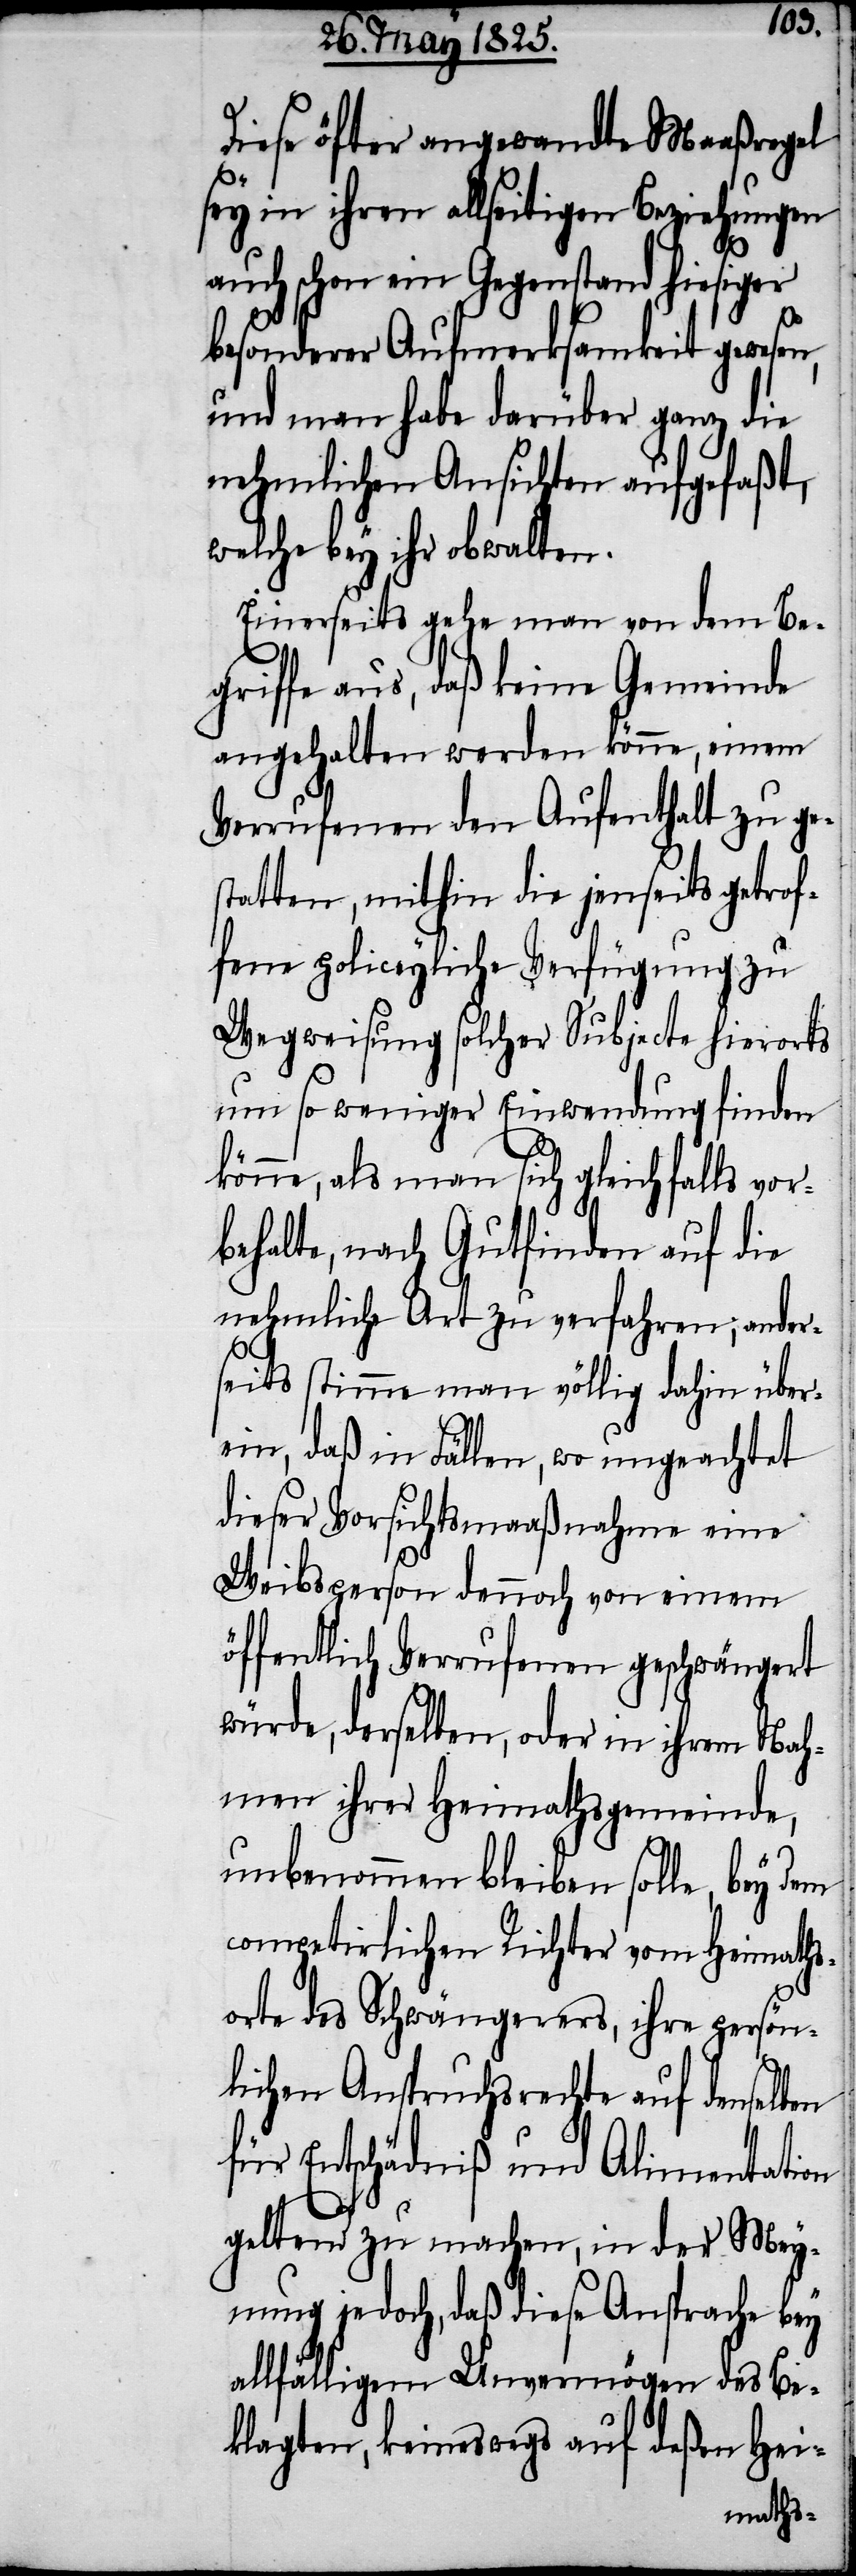
Diese öfter angewandte Maaßregel
sey in ihren allseitigen Beziehungen
auch schon ein Gegenstand hiesiger
besonderer Aufmerksamkeit gewesen,
und man habe darüber ganz die
nehmlichen Ansichten aufgefaßt,
welche bey ihr obwalten.
Einerseits gehe man von dem Be¬
griffe aus, daß keine Gemeinde
angehalten werden könne, einem
Verrufenen den Aufenthalt zu ge¬
statten, mithin die jenseits getrof¬
fene policeyliche Verfügung zu
Wegweisung solcher Subjecte hierorts
um so weniger Einwendung finden
könne, als man sich gleichfalls vor¬
behalte, nach Gutfinden auf die
nehmliche Art zu verfahren, ande¬
rseits stimme man völlig dahin über¬
ein, daß in Fällen, wo ungeachtet
dieser Vorsichtsmaaßnahme eine
Weibsperson dennoch von einem
öffentlich Verrufenen geschwängert
würde, derselben, oder in ihrem Nah¬
men ihrer Heimathsgemeinde,
unbenommen bleiben solle, bey dem
competirlichen Richter vom Heimaths¬
orte des Schwängerers, ihre persön¬
lichen Anspruchsrechte auf denselben
für Entschädniß und Alimentation
geltend zu machen, in der Mey¬
nung jedoch, daß diese Ansprache bey
allfälligem Unvermögen des Be¬
klagten, keineswegs auf deßen Hei-